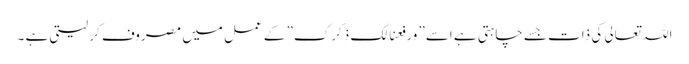
اللہ تعالی کی ذات جسے چاہتی ہے اسے” ورفعنالک ذکرک” کے عمل میں مصروف کر لیتی ہے ۔